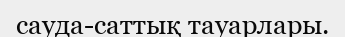
сауда-саттық тауарлары.